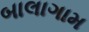
બાલાગામ